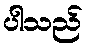
ပါသည်